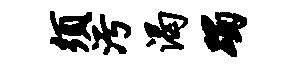
须污渴躅